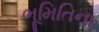
ભૂમિતિના